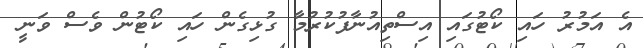
އެ އަމުރު ހައި ކޯޓުގައި އިސްތިއުނާފުކުރުމާ ގުޅިގެން ހައި ކޯޓުން ވެސް ވަނީ